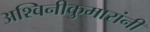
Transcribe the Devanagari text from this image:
अश्विनीकुमारांनी